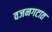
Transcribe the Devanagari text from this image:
वजनगटात